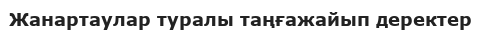
Жанартаулар туралы таңғажайып деректер